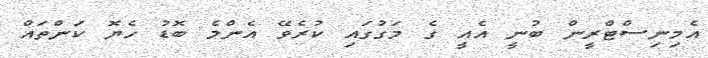
އެމިނިސްޓްރީން ބުނީ އެއީ ގެ މަގުގައި ކުރެވޭ އެންމެ ބޮޑު ހެޔޮ ކަންތައް